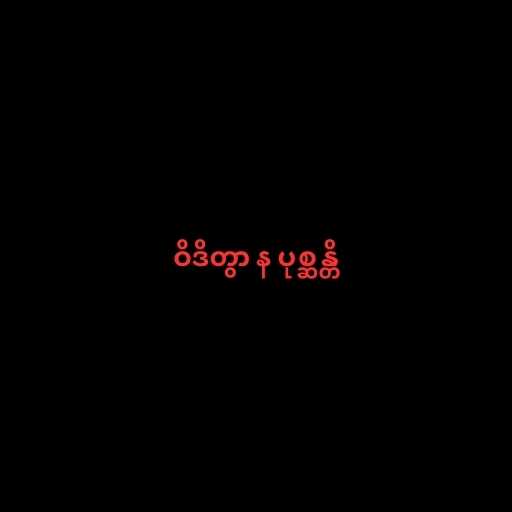
ဝိဒိတွာ န ပုစ္ဆန္တိ